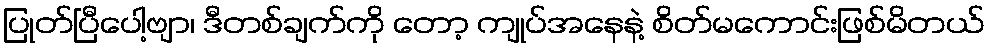
ပြုတ်ပြီပေါ့ဗျာ၊ ဒီတစ်ချက်ကို တော့ ကျုပ်အနေနဲ့ စိတ်မကောင်းဖြစ်မိတယ်